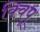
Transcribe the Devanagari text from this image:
क्विपू